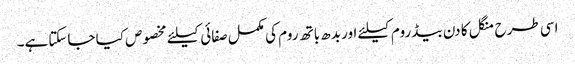
اسی طرح منگل کا دن بیڈ روم کیلئے اور بدھ باتھ روم کی مکمل صفائی کیلئے مخصوص کیا جاسکتاہے۔